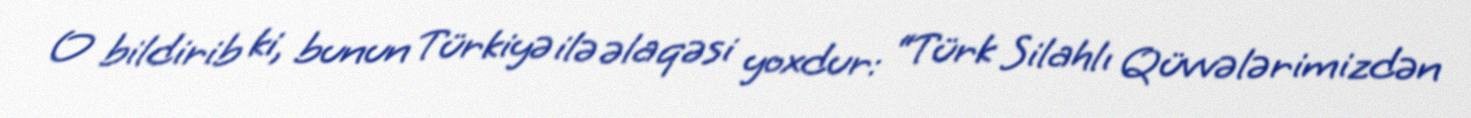
O bildirib ki, bunun Türkiyə ilə əlaqəsi yoxdur: “Türk Silahlı Qüvvələrimizdən